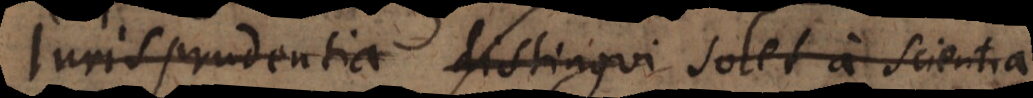
Jurisprudentia distingui solet a scientia